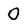
Character: 0